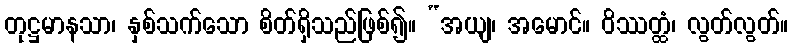
တုဋ္ဌမာနသာ၊ နှစ်သက်သော စိတ်ရှိသည်ဖြစ်၍။ “အယျ၊ အမောင်။ ဝိဿတ္ထံ၊ လွတ်လွတ်။